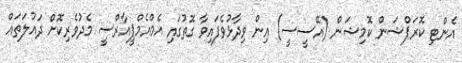
އެންޓި ކޮރަޕްޝަން ކޮމިޝަން (އޭސީސީ) އިން ވިދާޅުވެފައިވާ ގޮތުގައި އެމްއެމްޕީއާރްސީ މެދުވެރިކޮށް ދައުލަތައް